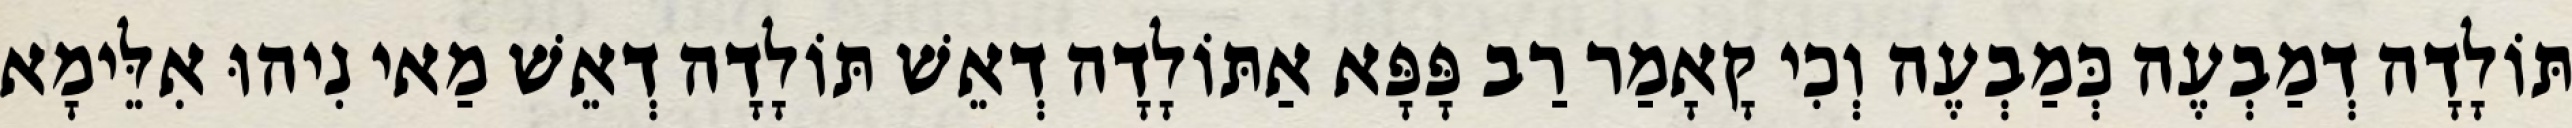
תּוֹלָדָה דְמַבְעֶה כְּמַבְעֶה וְכִי קָאָמַר רַב פָּפָּא אַתּוֹלָדָה דְאֵשׁ תּוֹלָדָה דְאֵשׁ מַאי נִיהוּ אִלֵּימָא